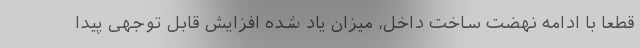
قطعا با ادامه نهضت ساخت داخل، میزان یاد شده افزایش قابل توجهی پیدا